Protection of India from yellow fever
Disease focus: Fever
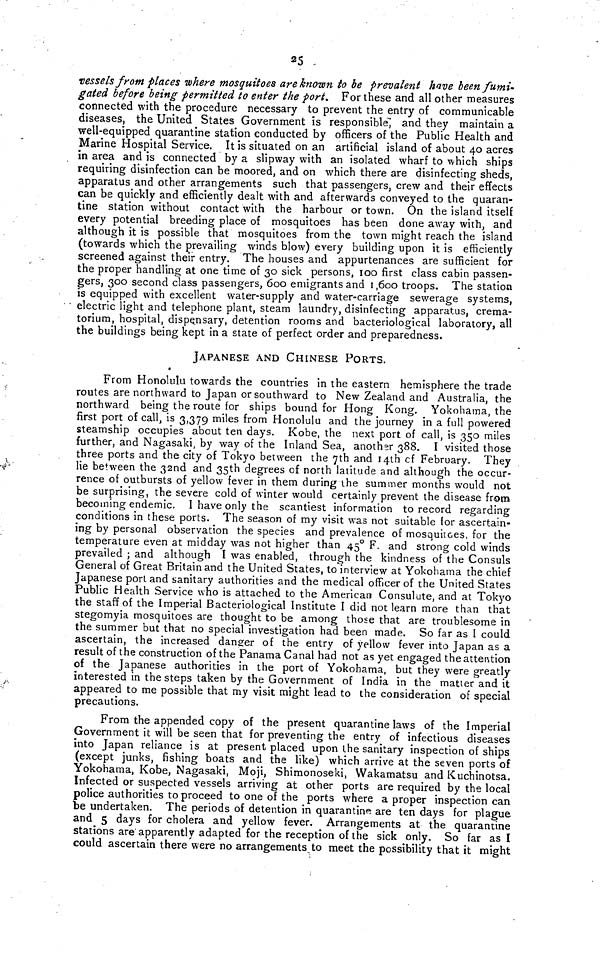
25
vessels from places where mosquitoes are known to be prevalent have been fumi-
gated before being permitted to enter the port. For these and all other measures
connected with the procedure necessary to prevent the entry of communicable
diseases, the United States Government is responsible," and they maintain a
well-equipped quarantine station conducted by officers of the Public Health and
Marine Hospital Service. It is situated on an artificial island of about 40 acres
in area and is connected by a slipway with an isolated wharf to which ships
requiring disinfection can be moored, and on which there are disinfecting sheds,
apparatus and other arrangements such that passengers, crew and their effects
can be quickly and efficiently dealt with and afterwards conveyed to the quaran-
tine station without contact with the harbour or town. On the island itself
every potential breeding place of mosquitoes has been done away with, and
although it is possible that mosquitoes from the town might reach the island
(towards which the prevailing winds blow) every building upon it is efficiently
screened against their entry. The houses and appurtenances are sufficient for
the proper handling at one time of 30 sick persons, 100 first class cabin passen-
gers, 300 second class passengers, 600 emigrants and 1,600 troops. The station
is equipped with excellent water-supply and water-carriage sewerage systems,
electric light and telephone plant, steam laundry, disinfecting apparatus, crema-
torium, hospital, dispensary, detention rooms and bacteriological laboratory, all
the buildings being kept in a state of perfect order and preparedness.
JAPANESE AND CHINESE PORTS.
From Honolulu towards the countries in the eastern hemisphere the trade
routes are northward to Japan or southward to New Zealand and Australia, the
northward being the route for ships bound for Hong Kong. Yokohama, the
first port of call, is 3,379 miles from Honolulu and the journey in a full powered
steamship occupies about ten days. Kobe, the next port of call, is 350 miles
further, and Nagasaki, by way of the Inland Sea, another 388. I visited those
three ports and the city of Tokyo between the 7th and 14th cf February. They
lie between the 32nd and 35th degrees of north latitude and although the occur-
rence of outbursts of yellow fever in them during the summer months would not
be surprising, the severe cold of winter would certainly prevent the disease from
becoming endemic. I have only the scantiest information to record regarding
conditions in these ports. The season of my visit was not suitable for ascertain-
ing by personal observation the species and prevalence of mosquitoes, for the
temperature even at midday was not higher than 45° F. and strong cold winds
prevailed ; and although I was enabled, through the kindness of the Consuls
General of Great Britain and the United States, to interview at Yokohama the chief
Japanese port and sanitary authorities and the medical officer of the United States
Public Health Service who is attached to the American Consulute, and at Tokyo
the staff of the Imperial Bacteriological Institute I did not learn more than that
stegomyia mosquitoes are thought to be among those that are troublesome in
the summer but that no special investigation had been made. So far as I could
ascertain, the increased danger of the entry of yellow fever into Japan as a
result of the construction of the Panama Canal had not as yet engaged the attention
of the Japanese authorities in the port of Yokohama, but they were greatly
interested in the steps taken by the Government of India in the matter and it
appeared to me possible that my visit might lead to the consideration of special
precautions.
From the appended copy of the present quarantine laws of the Imperial
Government it will be seen that for preventing the entry of infectious diseases
into Japan reliance is at present placed upon the sanitary inspection of ships
(except junks, fishing boats and the like) which arrive at the seven ports of
Yokohama, Kobe, Nagasaki, Moji, Shimonoseki, Wakamatsu and Kuchinotsa.
Infected or suspected vessels arriving at other ports are required by the local
police authorities to proceed to one of the ports where a proper inspection can
be undertaken. The periods of detention in quarantine are ten days for plague
and 5 days for cholera and yellow fever. Arrangements at the quarantine
stations are apparently adapted for the reception of the sick only. So far as I
could ascertain there were no arrangements to meet the possibility that it might